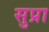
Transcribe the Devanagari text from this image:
सुप्रा